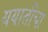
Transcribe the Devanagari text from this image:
ययातीचा